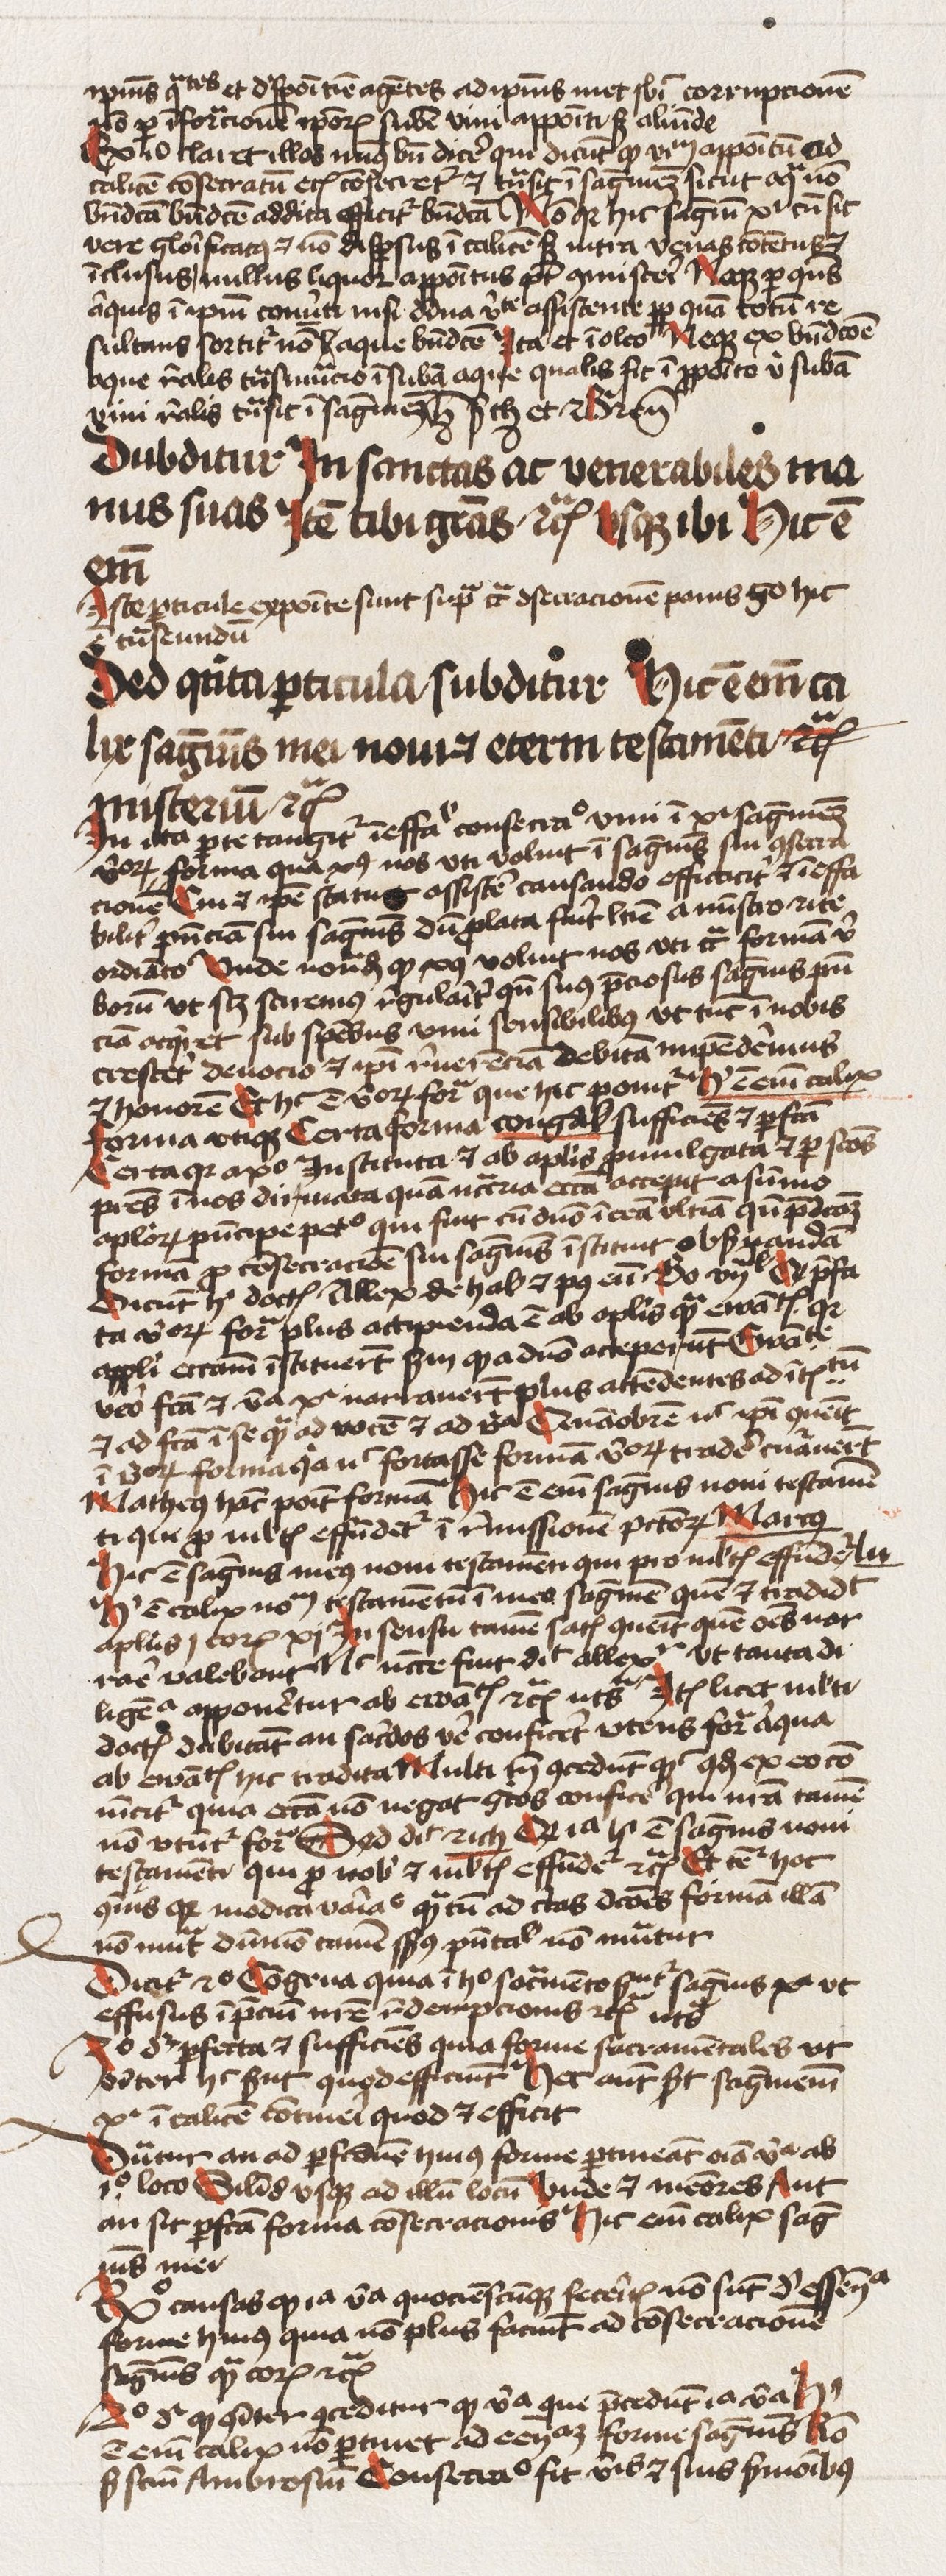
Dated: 1425–1474